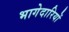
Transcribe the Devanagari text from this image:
भागेदारियों